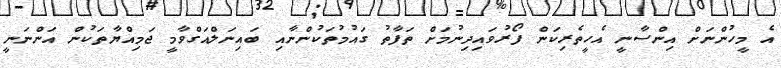
އެ މީހުންނަށް އިންސާނީ އެހީތެރިކަން ފޯރުވައިދިނުމަށް ތަފާތު ގައުމުތަކުންނާއި ބައިނަލްއަގްވާމީ ޖަމިއްޔާތަކުން އަންނަނީ